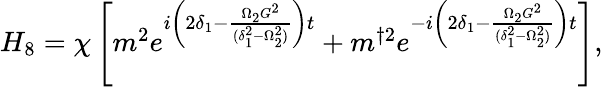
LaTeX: \begin{array}{r}{H_{8}=\chi\left[m^{2}e^{i\left(2\delta_{1}-\frac{\Omega_{2}G^{2}}{(\delta_{1}^{2}-\Omega_{2}^{2})}\right)t}+m^{\dagger 2}e^{-i\left(2\delta_{1}-\frac{\Omega_{2}G^{2}}{(\delta_{1}^{2}-\Omega_{2}^{2})}\right)t}\right],}\end{array}